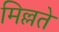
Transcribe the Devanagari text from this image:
मिल्लते